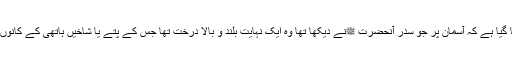
بخاری شریف کی ایک حدیث میں سدر المنتہیٰ کے ضمن میں فرمایا گیا ہے کہ آسمان پر جو سدر آنحضرت ﷺنے دیکھا تھا وہ ایک نہایت بلند و بالا درخت تھا جس کے پتے یا شاخیں ہاتھی کے کانوں کے مانند تھیں اور پھل (نبق) حجر کے پانی کے مٹکوںکی طرح ۔